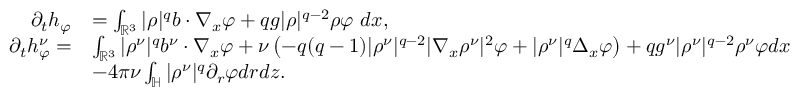
\begin{array} { r l } { \partial _ { t } h _ { \varphi } } & { = \int _ { \mathbb { R } ^ { 3 } } | \rho | ^ { q } b \cdot \nabla _ { x } \varphi + q g | \rho | ^ { q - 2 } \rho \varphi ~ d x , } \\ { \partial _ { t } h _ { \varphi } ^ { \nu } = } & { \int _ { \mathbb { R } ^ { 3 } } | \rho ^ { \nu } | ^ { q } b ^ { \nu } \cdot \nabla _ { x } \varphi + \nu \left( - q ( q - 1 ) | \rho ^ { \nu } | ^ { q - 2 } | \nabla _ { x } \rho ^ { \nu } | ^ { 2 } \varphi + | \rho ^ { \nu } | ^ { q } \Delta _ { x } \varphi \right) + q g ^ { \nu } | \rho ^ { \nu } | ^ { q - 2 } \rho ^ { \nu } \varphi d x } \\ & { - 4 \pi \nu \int _ { \mathbb { H } } | \rho ^ { \nu } | ^ { q } \partial _ { r } \varphi d r d z . } \end{array}